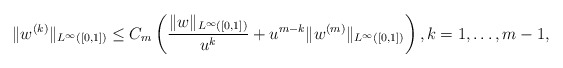
\begin{align*}\|w^{(k)}\|_{L^{\infty}([0,1])} \leq C_m \left( \frac{\|w\|_{L^{\infty}([0,1])}}{u^k} + u^{m-k} \|w^{(m)}\|_{L^{\infty}([0,1])} \right), k=1, \dots, m-1,\end{align*}